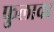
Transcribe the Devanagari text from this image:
फुलावर